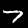
Digit: 7